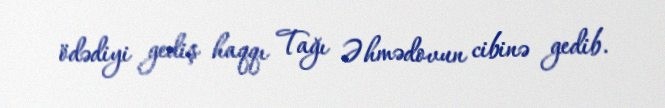
ödədiyi gediş haqqı Tağı Əhmədovun cibinə gedib.